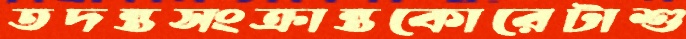
তদন্তসংক্রান্তকোরেটাশু